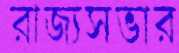
রাজ্যসভার